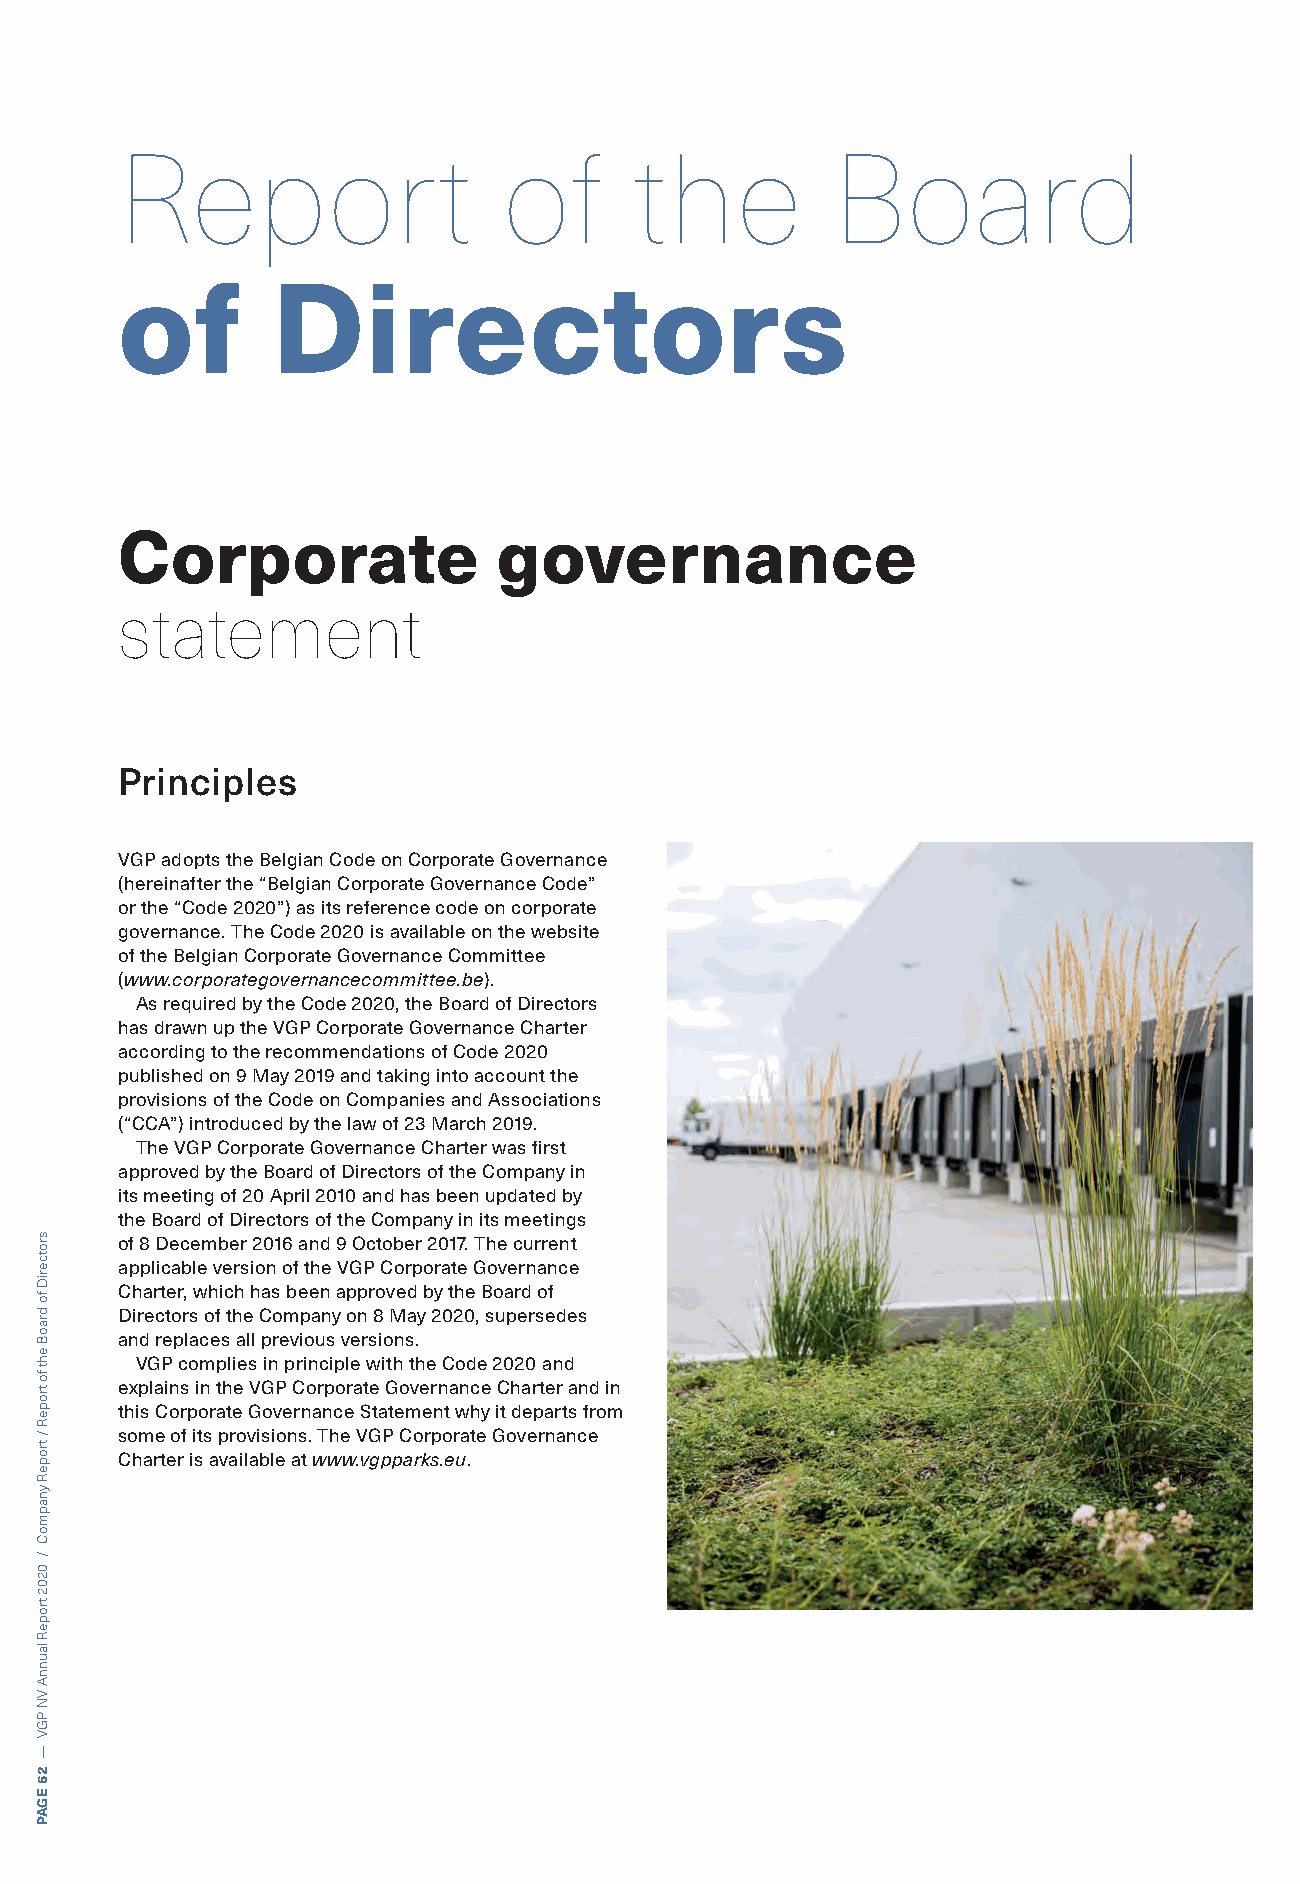
Report                   of       the          Board
 of        Directors
 Corporate                governance
 statement
 Principles
 VGP adopts the Belgian Code on Corporate Governance
 (hereinafter the “Belgian Corporate Governance Code”
 or the “Code 2020”) as its reference code on corporate
 governance. The Code 2020 is available on the website
 of the Belgian Corporate Governance Committee
 (www.corporategovernancecommittee.be).
 As required by the Code 2020, the Board of Directors
 has drawn up the VGP Corporate Governance Charter
 according to the recommendations of Code 2020
 published on 9 May 2019 and taking into account the
 provisions of the Code on Companies and Associations
 (“CCA”) introduced by the law of 23 March 2019.
 The VGP Corporate Governance Charter was first
 approved by the Board of Directors of the Company in
 its meeting of 20 April 2010 and has been updated by
 the Board of Directors of the Company in its meetings
 of 8 December 2016 and 9 October 2017. The current
 applicable version of the VGP Corporate Governance
 Charter, which has been approved by the Board of
 Directors of the Company on 8 May 2020, supersedes
 and replaces all previous versions.
 VGP complies in principle with the Code 2020 and
 explains in the VGP Corporate Governance Charter and in
 this Corporate Governance Statement why it departs from
 some of its provisions. The VGP Corporate Governance
 Charter is available at www.vgpparks.eu.
 srotceriD
 fo
 draoB
 eht
 fo
 tropeR
 /
 tropeR
 ynapmoC
 /
 0202
 tropeR
 launnA
 VN
 PGV
 —
 26
 EGAP